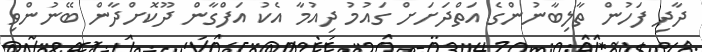
ދާދި ފަހުން ތާލިބާނުންގެ އަތްދަށަށް ގައުމު ދިއުމާ އެކު އަފްގާން ދޫކޮށްދާން ބޭނުންވި